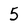
Character: 5